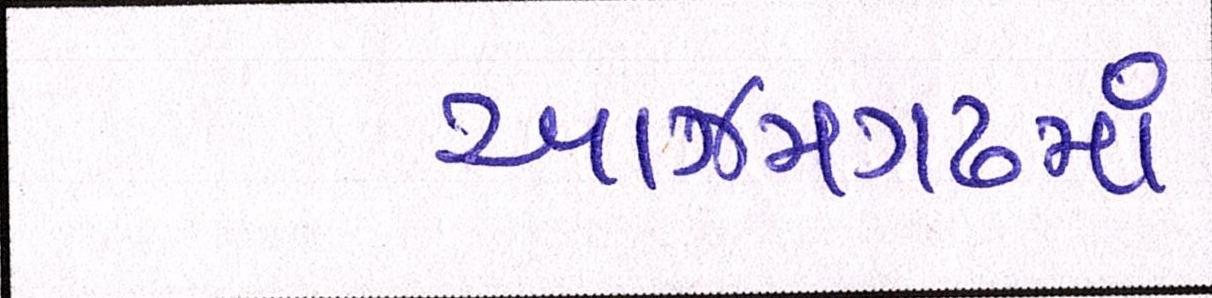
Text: આઝમગઢમાં